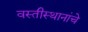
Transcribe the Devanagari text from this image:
वस्तीस्थानांचे